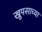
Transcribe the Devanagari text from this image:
खुपसाच्या